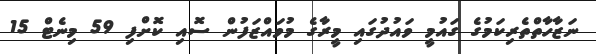
ނަޒާހާތްތެރިކަމުގެ ގައުމީ ވައުދުގައި މީރާގެ މުވައްޒަފުން ސޮއި ކޮށްފި 59 މިނެޓް 15